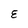
Character: E